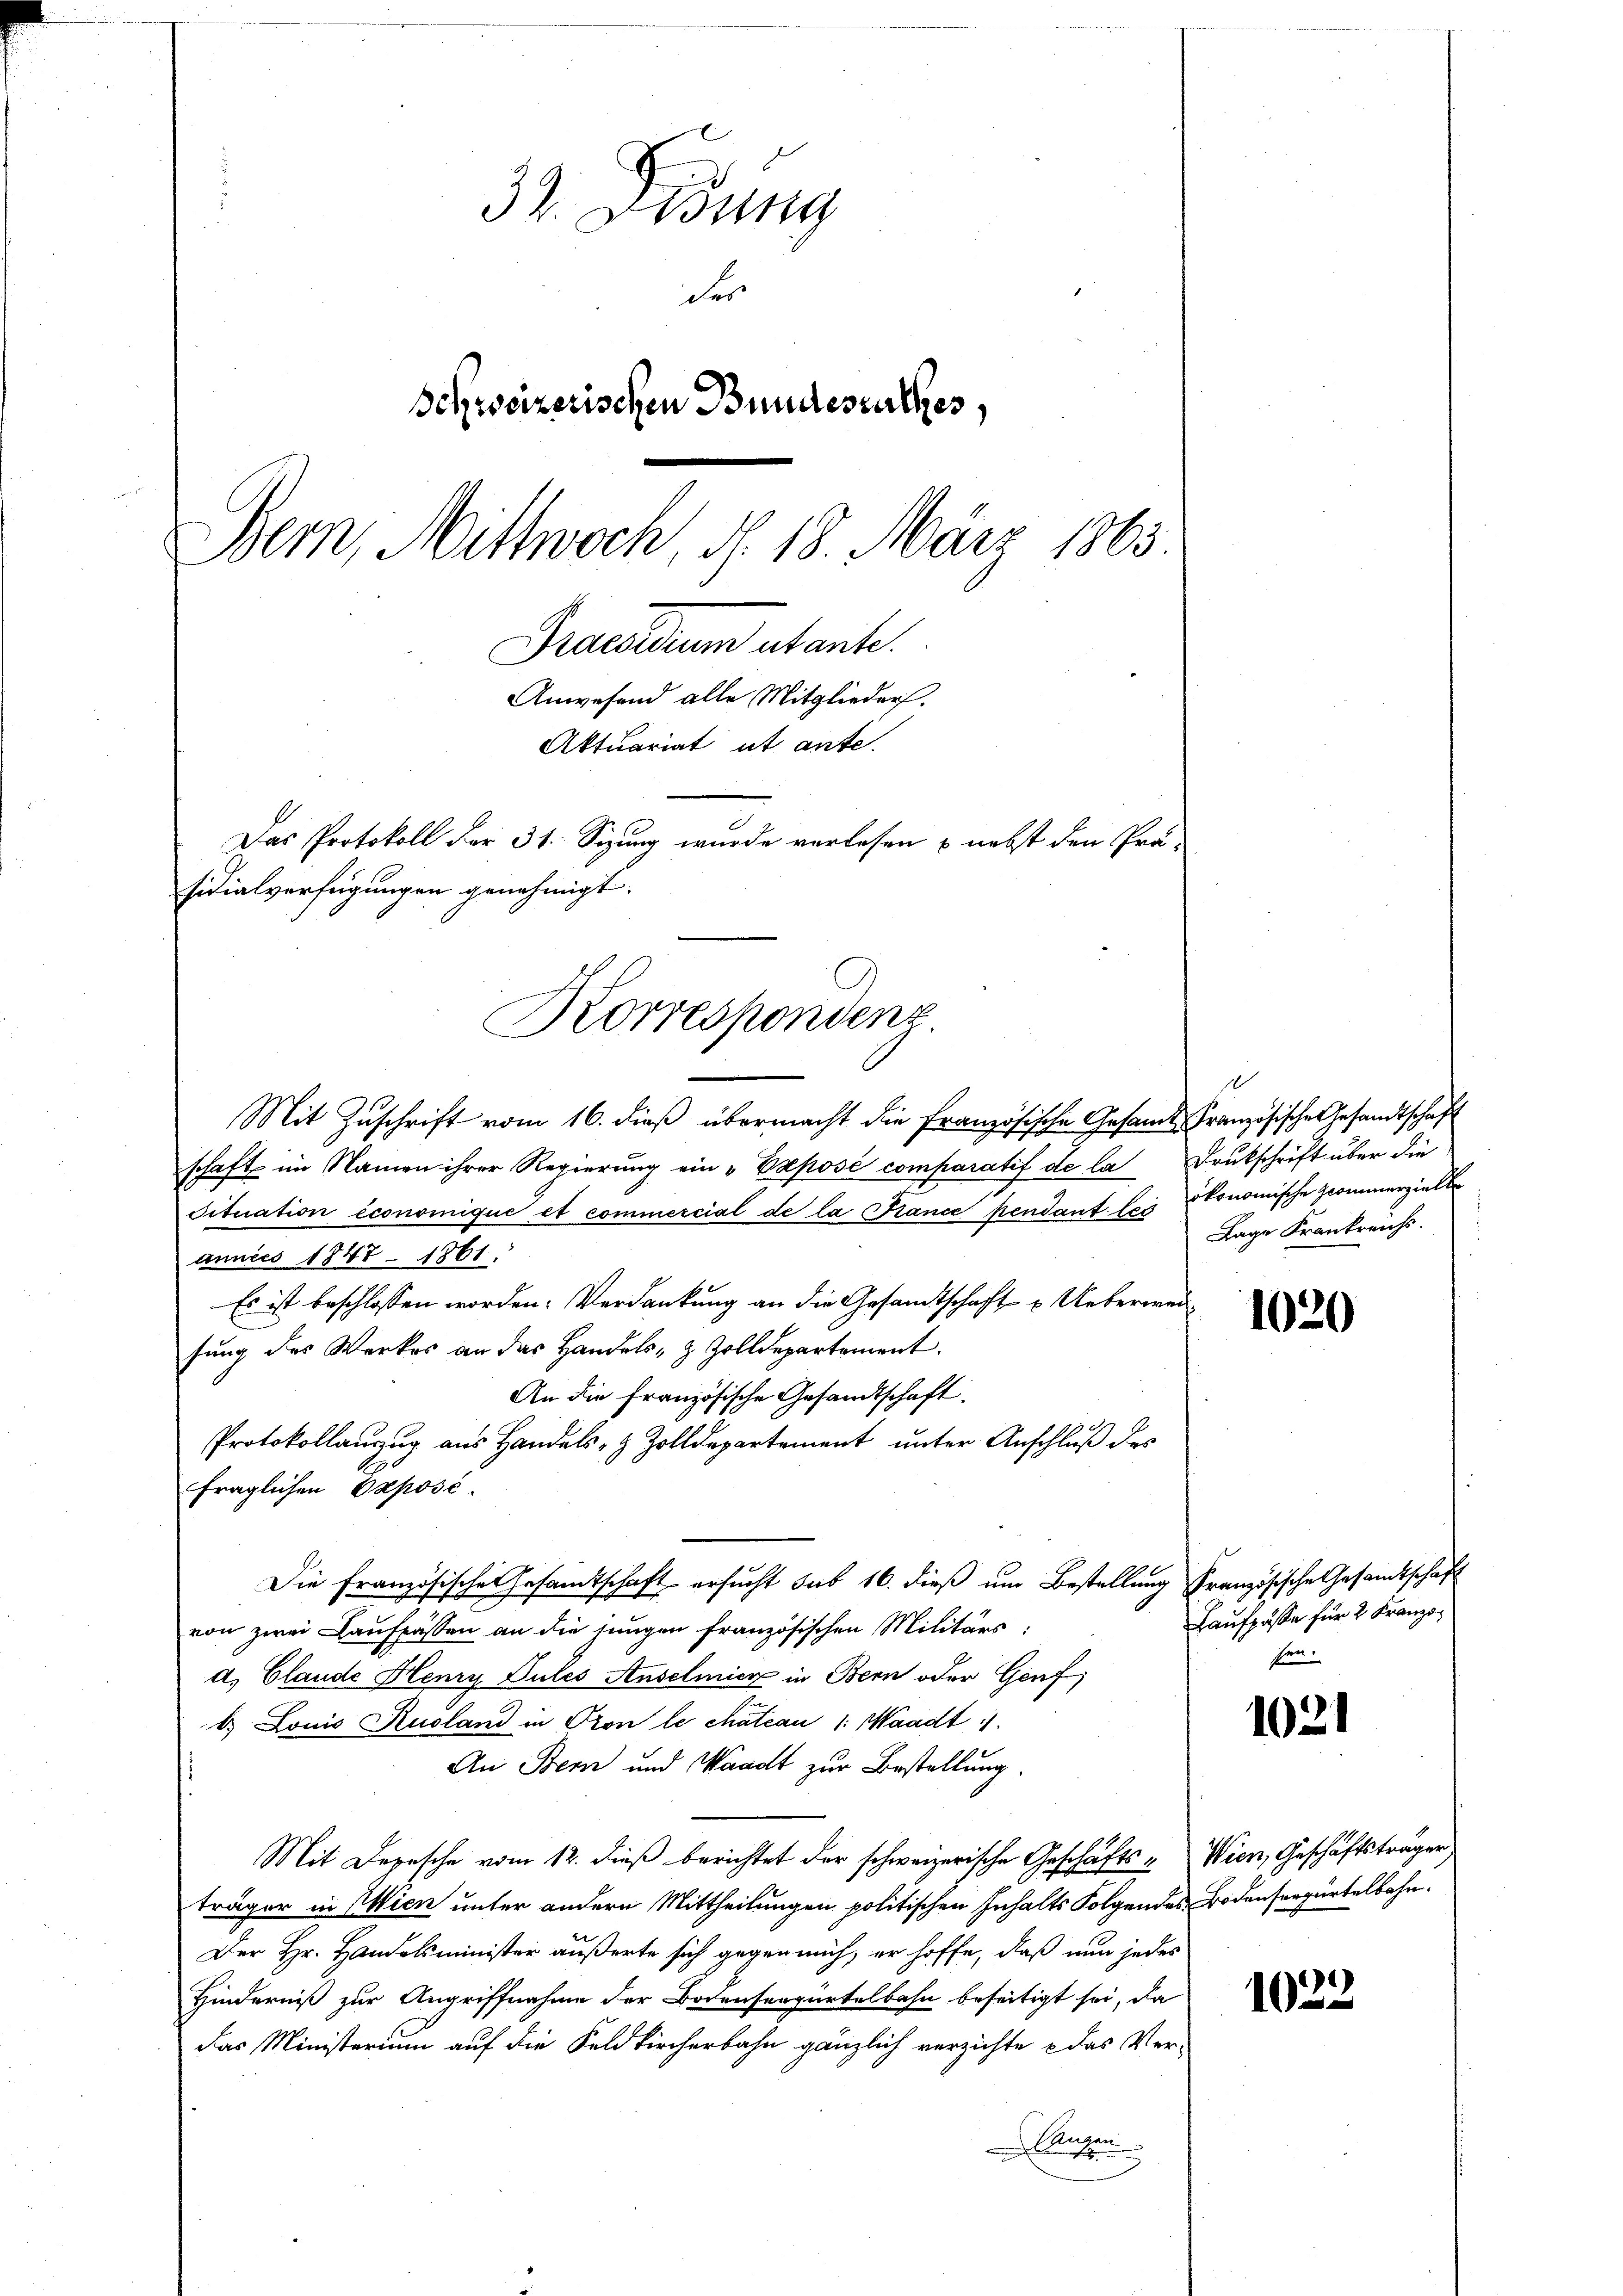
32. Fidung
der
Schweizerischen Bundesrathes,
Bern, Mittwoch, d. 18. März 1865
Praesidium abante.
Anwesend alle Mitglieders.
Aktuariat ut ante.
Das Protokoll der 31. Sizung wurde verlesen u. nebst den Prä-

sidialverfügungen genehmigt.
Korrespondenz.
Mit Zuschrift vom 16. dieß übermacht die Französische Gesamt Französische Gesandtschaft

schaft im Namen ihrer Regierung ein "Vaposé comparatif de la Drukschrift über die
dituation économique et commercial de la France pendant bei ökonomische commerzielte
annies 1847 - 1861.
Es ist beschlossen worden. Verdankung an die Gesandtschaft u. Ueberweisung des Werkes an das Handels- & Zolldepartement.
An die französische Gesandtschaft.
Protokollanzug aus Handels- & Zolldepartement unter Anschluß des
fraglichen Exposé
Die Französische Gesamtschaft ersucht sub 16. dieß um Bestellung französische Gesandtschaft
von zwei Lauffassen an die jungen französischen Militärs,
a. Claude Henry Dules Anselmier in Bern oder Genf,
b. Louis Ausland in Pron le chateau 1: Waadt 11.
An Bern und Waadt zur Bestellung.
Mit Depesche vom 12. dieß berichtet der schweizerische Geschäftsträger in Wien unter andern Mittheilungen politischen Inhalts Folgendes Bodenseegürtelbahn.
Der Hr. Handelsminister äußerte sich gegen mich, er hoffe, daß nun jedes
Hinderniß zur Angriffnahme der Bodenseegürtelbahn beseitigt sei, da
Das Ministerium auf die Feldkircherbahn gänzlich verzichte e das Ver-
Gart
u

10
Lage Frankreichs.

1020

Laufpässe für 2 Franzo
sen.

1021

Wien, Geschäftsträger

1022